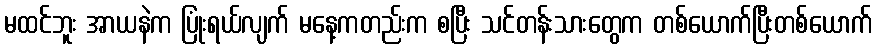
မထင်ဘူး အာယနဲက ပြုံးရယ်လျက် မနေ့ကတည်းက စပြီး သင်တန်းသားတွေက တစ်ယောက်ပြီးတစ်ယောက်